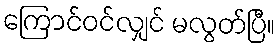
ကြောင်ဝင်လျှင် မလွတ်ပြီ။